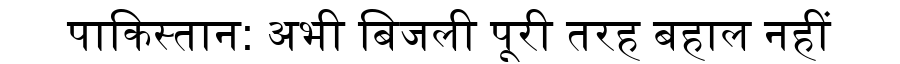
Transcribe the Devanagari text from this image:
पाकिस्तान: अभी बिजली पूरी तरह बहाल नहीं